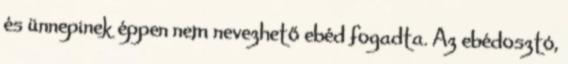
és ünnepinek éppen nem nevezhető ebéd fogadta. Az ebédosztó,